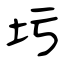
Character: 圬